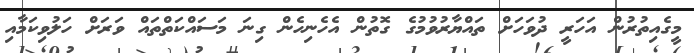
މީގެއިތުރުން އަހަރީ ދުވަހަށް ތައްޔާރުވުމުގެ ގޮތުން އެހެނިހެން ގިނަ މަސައްކަތްތައް ވަރަށް ހަލުވިކަމާއި